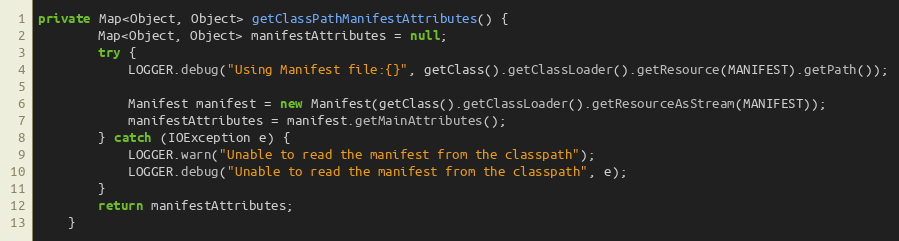
Language: Java
private Map<Object, Object> getClassPathManifestAttributes() {
		Map<Object, Object> manifestAttributes = null;
		try {
		    LOGGER.debug("Using Manifest file:{}", getClass().getClassLoader().getResource(MANIFEST).getPath());

		    Manifest manifest = new Manifest(getClass().getClassLoader().getResourceAsStream(MANIFEST));
		    manifestAttributes = manifest.getMainAttributes();
		} catch (IOException e) {
			LOGGER.warn("Unable to read the manifest from the classpath");
			LOGGER.debug("Unable to read the manifest from the classpath", e);
		}
		return manifestAttributes;
	}